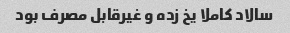
سالاد کاملا یخ زده و غیرقابل مصرف بود